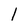
Character: 1